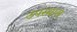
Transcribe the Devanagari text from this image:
उपस्थास